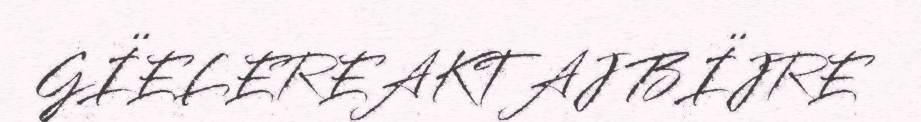
GÏELEREAKTAJ BÏJRE